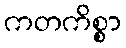
ကတကိစ္စာ